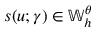
s ( u ; \gamma ) \in \mathbb { W } _ { h } ^ { \theta }